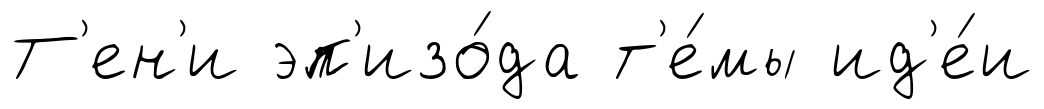
Т'ен'и эп'изо́да т'е́мы ид'е́и